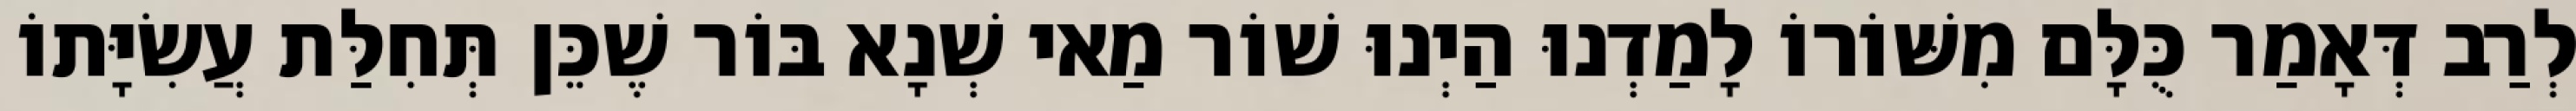
לְרַב דְּאָמַר כֻּלָּם מִשּׁוֹרוֹ לָמַדְנוּ הַיְנוּ שׁוֹר מַאי שְׁנָא בּוֹר שֶׁכֵּן תְּחִלַּת עֲשִׂיָּתוֹ